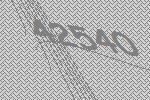
42540